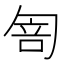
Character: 𠣭